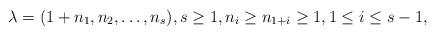
LaTeX: \begin{align*}\lambda=(1+n_1, n_2, \dots , n_s),s\ge 1, n_i\ge n_{1+i}\geq 1,1\le i\le s-1,\end{align*}